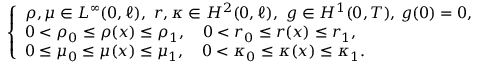
\begin{array} { r } { \left\{ \begin{array} { l l } { \rho , \mu \in L ^ { \infty } ( 0 , \ell ) , \ r , \kappa \in H ^ { 2 } ( 0 , \ell ) , \ g \in H ^ { 1 } ( 0 , T ) , \, g ( 0 ) = 0 , } \\ { 0 < \rho _ { 0 } \leq \rho ( x ) \leq \rho _ { 1 } , \ \ \ 0 < r _ { 0 } \leq r ( x ) \leq r _ { 1 } , } \\ { 0 \leq \mu _ { 0 } \leq \mu ( x ) \leq \mu _ { 1 } , \ \ \ 0 < \kappa _ { 0 } \leq \kappa ( x ) \leq \kappa _ { 1 } . } \end{array} \right. } \end{array}